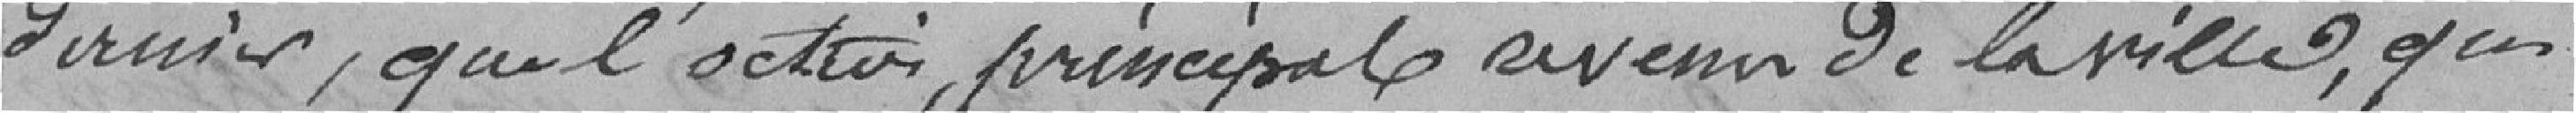
dernier, que l'octroi principal revenu de la ville, qui